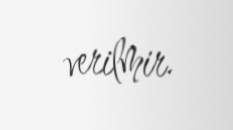
verilmir.